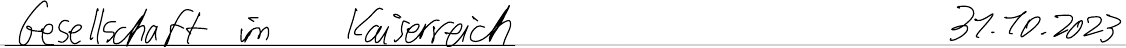
Gesellschaft im Kaiserreich   31.10.2023